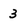
Character: 3